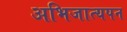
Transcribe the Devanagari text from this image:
अभिजात्यपन